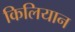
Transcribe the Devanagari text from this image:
किलियान